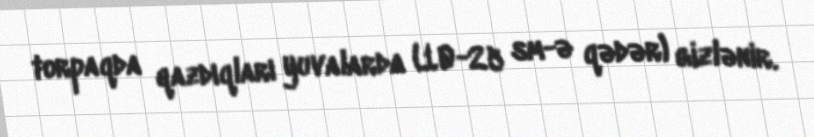
torpaqda qazdıqları yuvalarda (10-25 sm-ə qədər) gizlənir.